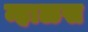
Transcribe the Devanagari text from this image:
म्हाळस